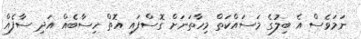
ނަމަވެސް އެ ބިލުގެ މަސައްކަތް މިހާތަނަށް ގޮސްފައި އޮތް ހިސާބެއް އަދި ސާފެއް